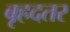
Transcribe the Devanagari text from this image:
बृहदतर